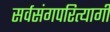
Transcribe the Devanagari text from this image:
सर्वसंगपरित्यागी